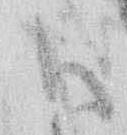
御